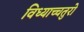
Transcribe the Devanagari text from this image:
विध्याच्चतुरो